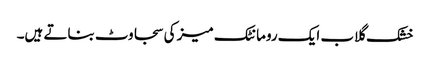
خشک گلاب ایک رومانٹک میز کی سجاوٹ بناتے ہیں۔